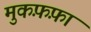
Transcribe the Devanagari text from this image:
मुकफ़फ़ा